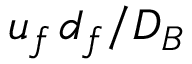
u _ { f \, } d _ { f } / D _ { B }